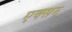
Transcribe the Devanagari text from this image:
एक्स६